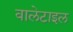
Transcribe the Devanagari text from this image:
वालेटाइल